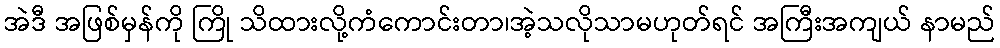
အဲဒီ အဖြစ်မှန်ကို ကြို သိထားလို့ကံကောင်းတာ၊အဲ့သလိုသာမဟုတ်ရင် အကြီးအကျယ် နာမည်